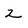
Character: 2